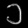
Digit: ၁